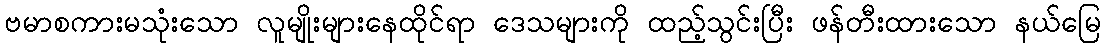
ဗမာစကားမသုံးသော လူမျိုးများနေထိုင်ရာ ဒေသများကို ထည့်သွင်းပြီး ဖန်တီးထားသော နယ်မြေ